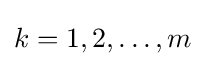
k=1,2,\dotsc ,m